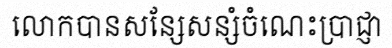
លោកបានសន្សែសន្សំចំណេះប្រាជ្ញា